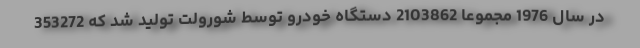
در سال 1976 مجموعا 2103862 دستگاه خودرو توسط شورولت تولید شد که 353272